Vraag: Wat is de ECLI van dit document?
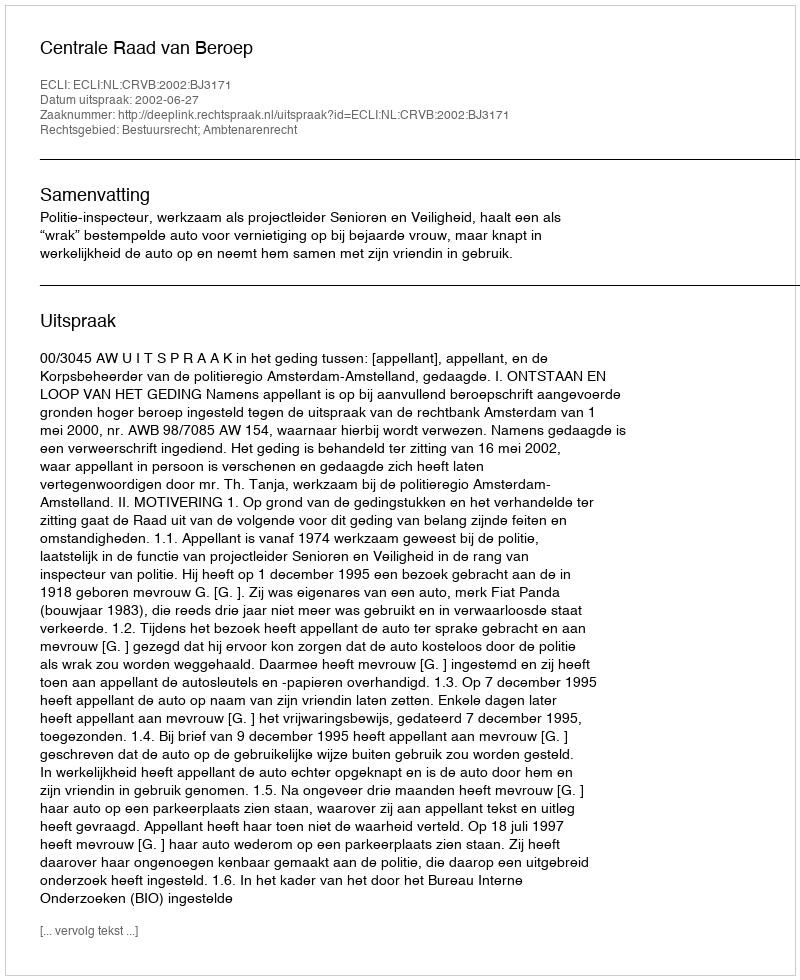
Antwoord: ECLI:NL:CRVB:2002:BJ3171